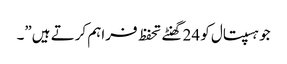
جو ہسپتال کو 24 گھنٹے تحفظ فراہم کرتے ہیں”۔